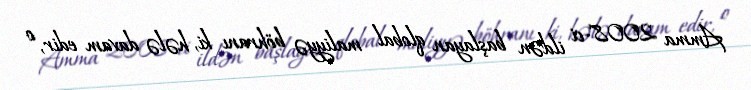
Amma 2008-ci ildən başlayan qlobal maliyyə böhranı ki, hələ davam edir, o